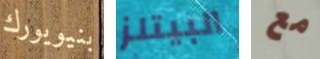
بنيويورك البيتلز مع